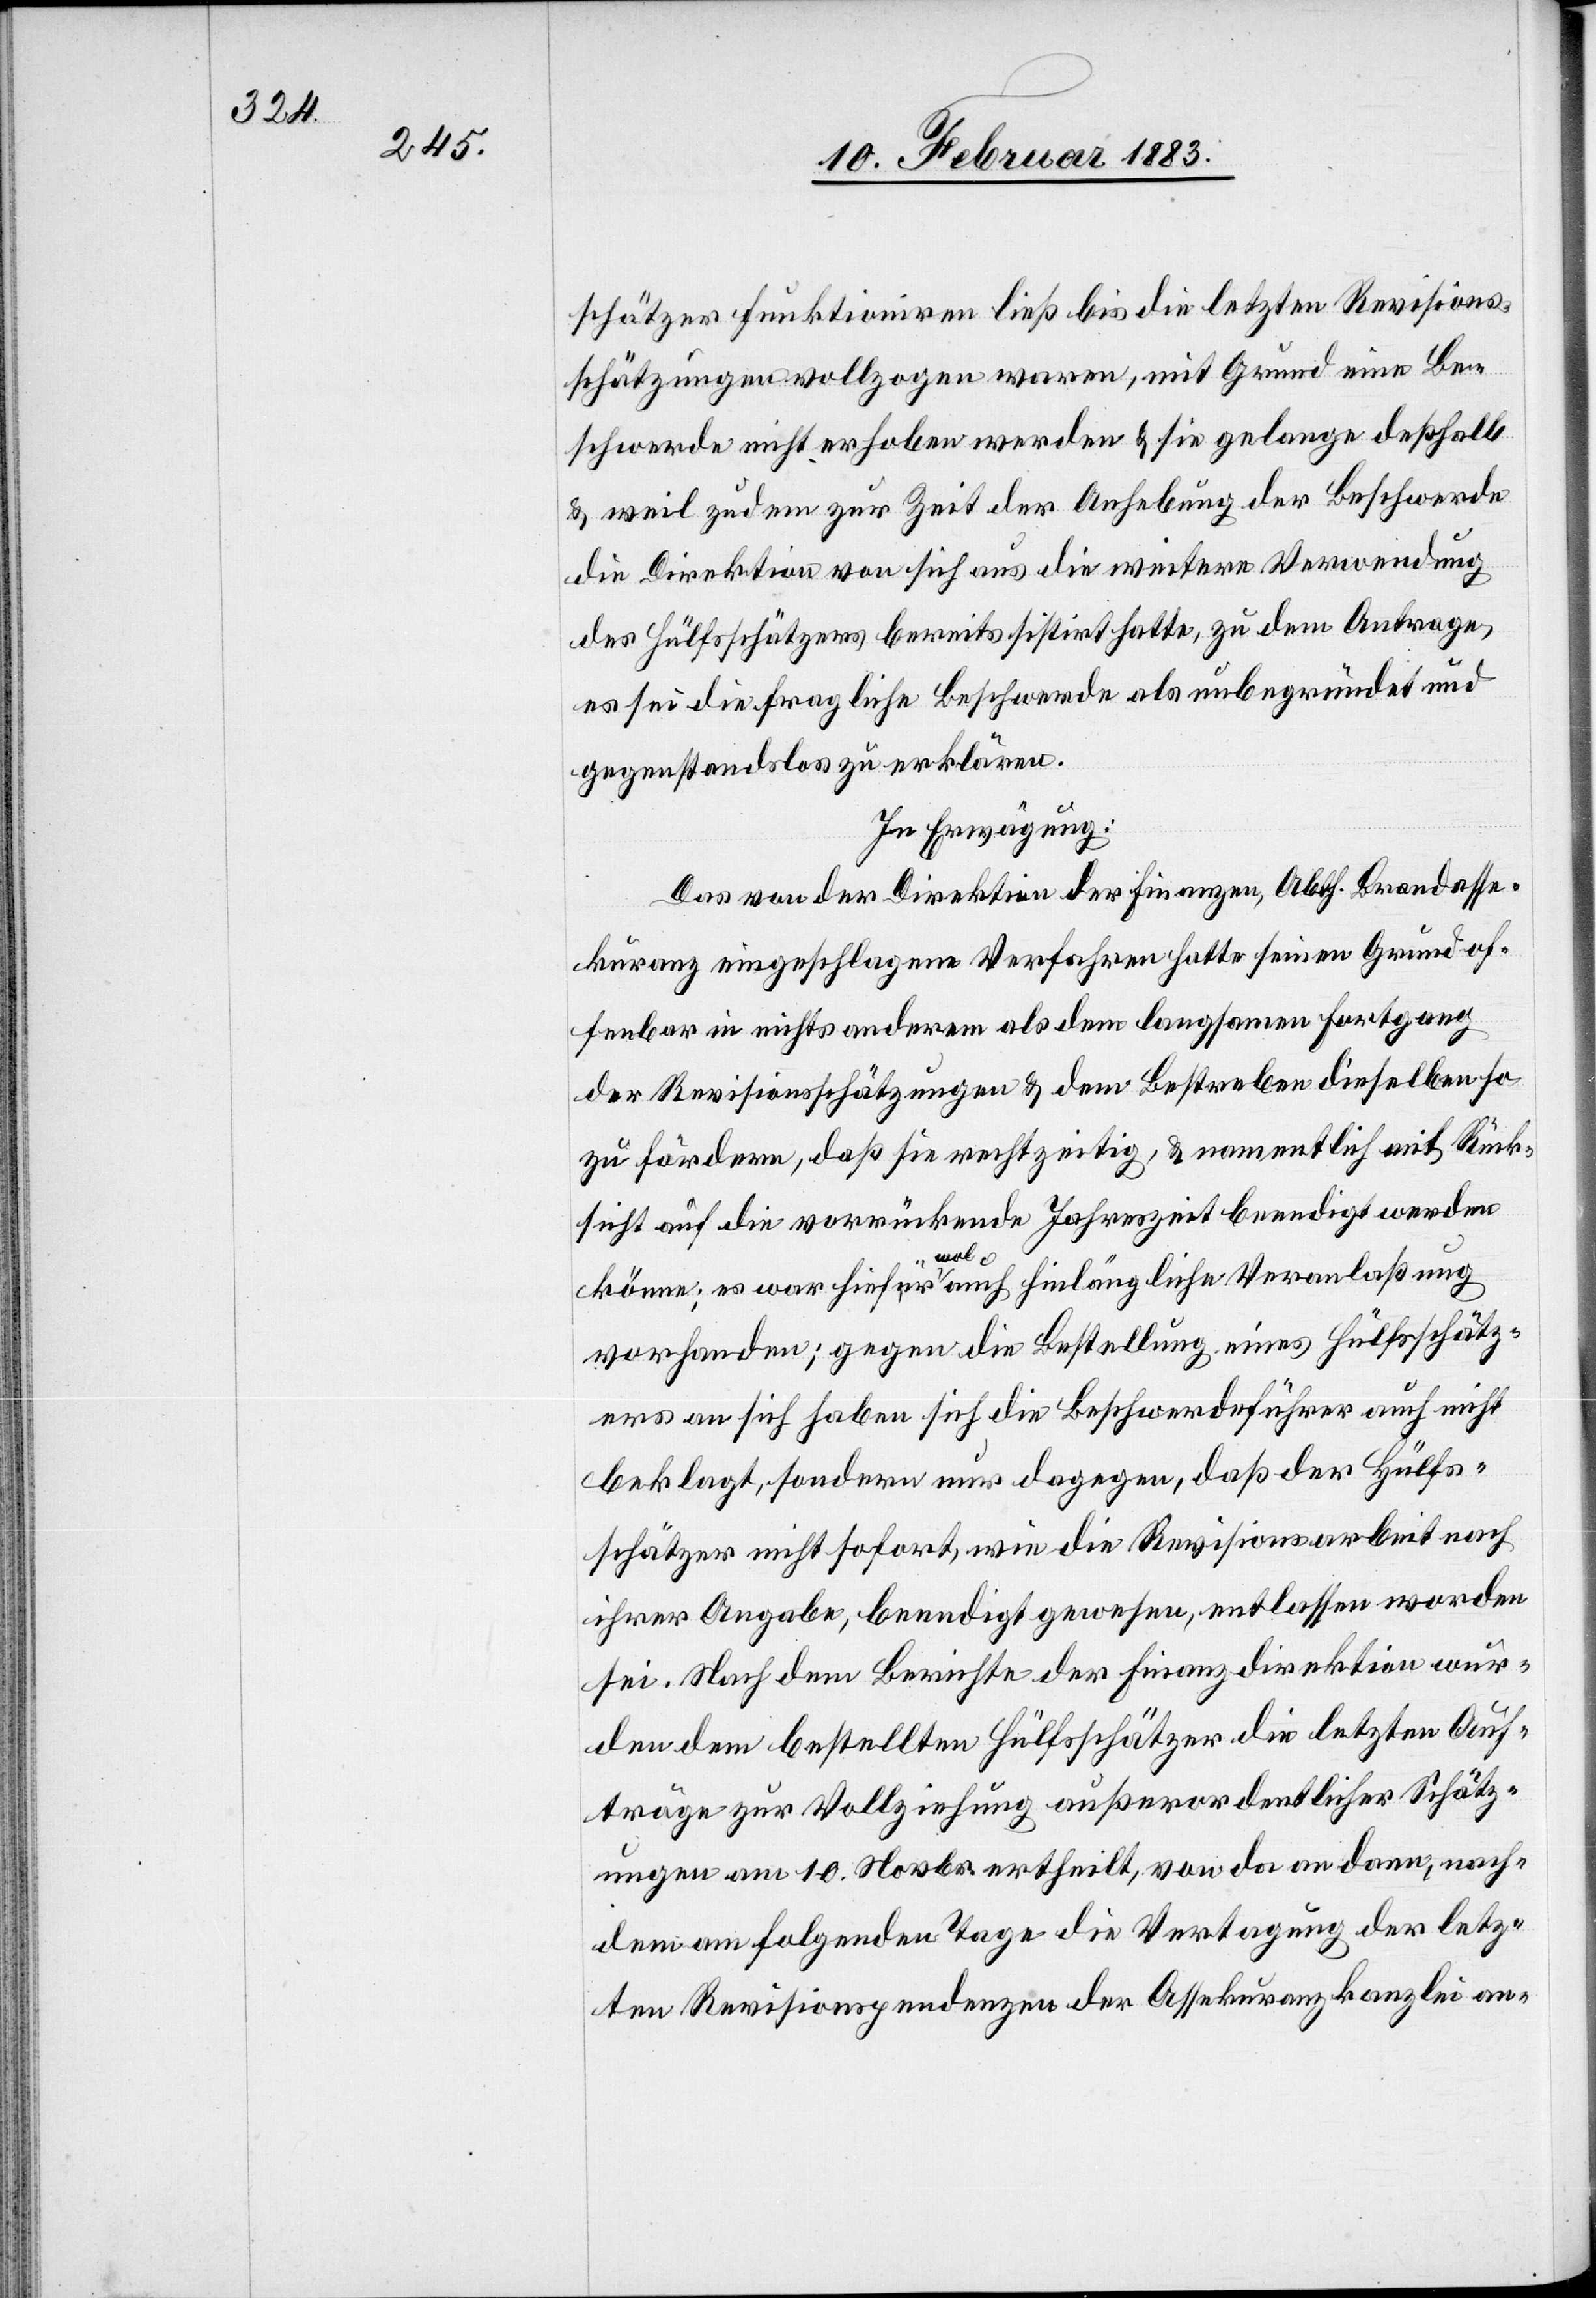
schätzer funktioniren ließ bis die letzten Revisions¬
schätzungen vollzogen waren, mit Grund eine Be¬
schwerde nicht erhoben werden & sie gelange deßhalb
& weil zudem zur Zeit der Anhebung der Beschwerde
die Direktion von sich aus die weitere Verwendung
des Hülfsschätzers bereits sistirt hatte, zu dem Antrage,
es sei die fragliche Beschwerde als unbegründet und
gegenstandslos zu erklären.
In Erwägung:
Das von der Direktion der Finanzen, Abth. Brandasse¬
kuranz eingeschlagene Verfahren hatte seinen Grund of¬
fenbar in nichts anderem als dem langsamen Fortgang
der Revisionsschätzungen & dem Bestreben dieselben so
zu fördern, daß sie rechtzeitig, & namentlich mit Rück¬
sicht auf die vorrückende Jahreszeit beendigt werden
könne[n]; es war hiefür wol auch hinlänglich Veranlaßung
vorhanden; gegen die Bestellung eines Hülfsschätz¬
ers an sich haben sich die Beschwerdeführer auch nicht
beklagt, sondern nur dagegen, daß der Hülfs¬
schätzer nicht sofort, wie die Revisionsarbeit nach
ihrer Angabe, beendigt gewesen, entlassen worden
sei. Nach dem Berichte der Finanzdirektion wur¬
den dem bestellten Hülfsschätzer die letzten Auf¬
träge zur Vollziehung außerordentlicher Schätz¬
ungen am 10. Novbr. ertheilt, von da an dann, nach¬
dem am folgenden Tage die Vertagung der letz¬
ten Revisionspendenzen der Assekuranzkanzlei an-